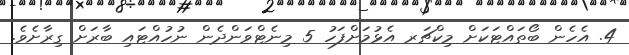
4. އެހެން ބޯތައްޓަކަށް މިކްޗަރ އެޅުމަށްފަހު 5 މިނެޓްވަންދެން ނުހުއްޓައި ބާރަށް ގިރާށެވެ.